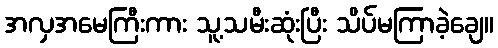
အလှအမေကြီးကား သူ့သမီးဆုံးပြီး သိပ်မကြာခဲ့ချေ။